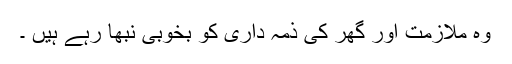
وہ ملازمت اور گھر کی ذمہ داری کو بخوبی نبھا رہے ہیں ۔